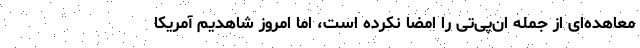
معاهده‌ای از جمله ان‌پی‌تی را امضا نکرده است، اما امروز شاهدیم آمریکا